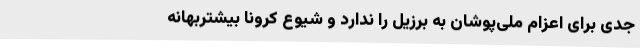
جدی برای اعزام ملی‌پوشان به برزیل را ندارد و شیوع کرونا بیشتربهانه